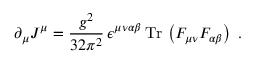
\partial _ { \mu } J ^ { \mu } = \frac { g ^ { 2 } } { 3 2 \pi ^ { 2 } } \, \epsilon ^ { \mu \nu \alpha \beta } \, \mathrm { T r } \, \left( F _ { \mu \nu } F _ { \alpha \beta } \right) \ .